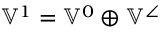
\mathbb { V } ^ { 1 } = \mathbb { V } ^ { 0 } \oplus \mathbb { V } ^ { \angle }